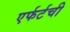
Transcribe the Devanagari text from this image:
एर्फर्टची